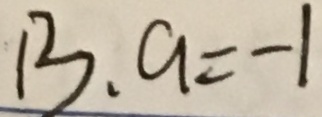
1 3 , a = - 1